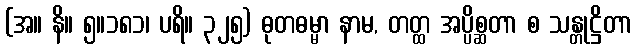
(အ။ နိ။ ၅။၁၈၁၊ ပရိ။ ၃၂၅) ဓုတဓမ္မာ နာမ, တတ္ထ အပ္ပိစ္ဆတာ စ သန္တုဋ္ဌိတာ